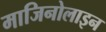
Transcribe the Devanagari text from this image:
माजिनोलाइन